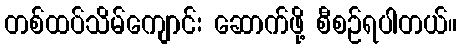
တစ်ထပ်သိမ်ကျောင်း ဆောက်ဖို့ စီစဉ်ရပါတယ်။